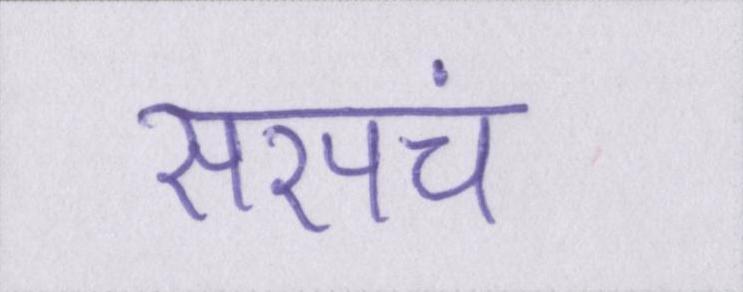
सरपंच